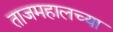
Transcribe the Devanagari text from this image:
ताजमहालच्या